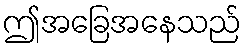
ဤအခြေအနေသည်